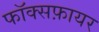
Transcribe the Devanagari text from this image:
फॉक्सफ़ायर